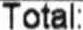
TOTAL: